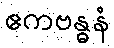
ဧကဗန္ဓနံ